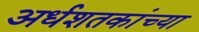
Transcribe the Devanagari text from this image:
अर्धशतकांच्या